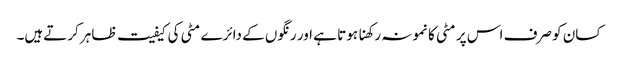
کسان کو صرف اس پر مٹی کا نمونہ رکھنا ہوتا ہے اور رنگوں کے دائرے مٹی کی کیفیت ظاہر کرتےہیں۔